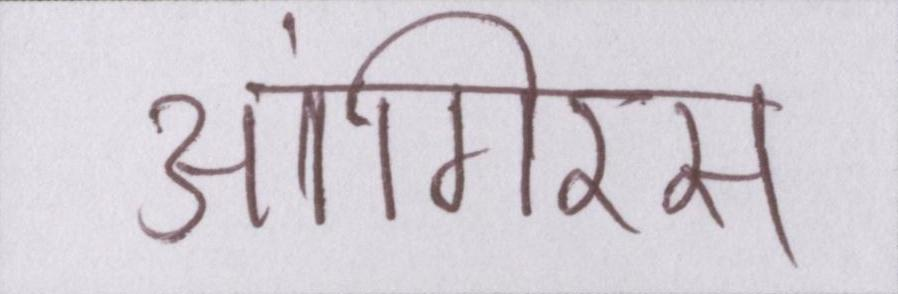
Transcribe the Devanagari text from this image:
आंगिरस